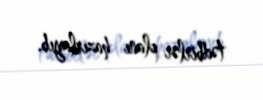
tədbirlər planı hazırlayıb.